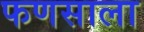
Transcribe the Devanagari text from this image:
फणसाला